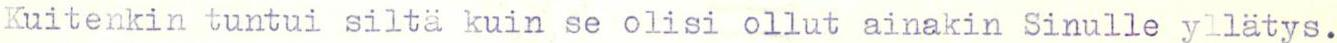
Kuitenkin tuntui siltä kuin se olisi ollut ainakin Sinulle yllätys.